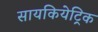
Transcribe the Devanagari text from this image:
सायकियेट्रिक